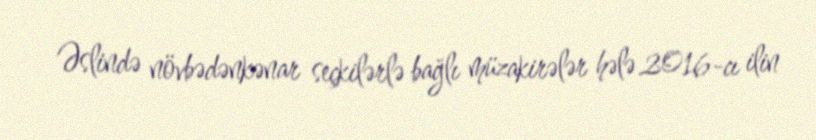
Əslində növbədənkənar seçkilərlə bağlı müzakirələr hələ 2016-cı ilin